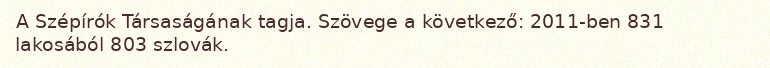
A Szépírók Társaságának tagja. Szövege a következő: 2011-ben 831 lakosából 803 szlovák.